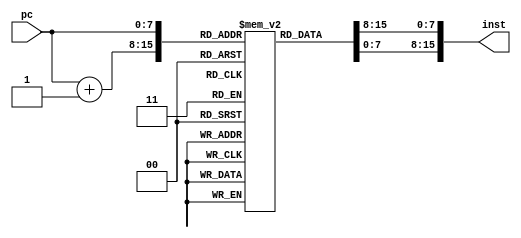
module inst_mem (

	input [7:0] pc,

	output reg [15:0] inst
	
);
	integer i;
	reg [7:0] inst_data[255:0];

	initial begin 
		//Hardcode instructions for testing with FPGA
		//Instructions are stored as a set of 2 individual bytes which will then be decoded
		//first initialize the array
		for (i=0;i<256;i=i+1) begin
			inst_data[i] = 0;
		end
		
		
		//Test program devised by design team
		/*inst_data[0] = 		8'b11110000;
		inst_data[1] = 		8'b00001111; //LOADIMM 15 -> Ra = 0
		inst_data[2] = 		8'b11110100;
		inst_data[3] = 		8'b00000001; //LOADIMM 1 -> Ra = 1
		inst_data[4] = 		8'b00000000;
		inst_data[5] = 		8'b00000000; //NOP
		inst_data[6] = 		8'b11100000;
		inst_data[7] = 		8'b00001000; //STORE Ra = 0 (15) -> M[8]
		inst_data[8] = 		8'b10110000;
		inst_data[9] = 		8'b00000000; //BR.SUB
		inst_data[10] = 	8'b10101000;
		inst_data[11] = 	8'b00000000; //BR.N brx = 1 if (i=0) branch
		inst_data[12] = 	8'b01100000;
		inst_data[13] = 	8'b00000000; //OUT Ra = 0
		inst_data[14] =		8'b00100001;
		inst_data[15] = 	8'b00000000; //SUB Ra = 0, Rb = 1 (i-1) for 15
		inst_data[16] = 	8'b10010000;
		inst_data[17] = 	8'b00000101; //BR to BR.N
		inst_data[18] = 	8'b00000000;
		inst_data[19] = 	8'b00000000; //NOP
		inst_data[20] = 	8'b11010000;
		inst_data[21] = 	8'b00001000; //LOAD M[8] (15) -> Ra = 0
		inst_data[22] = 	8'b00010000;
		inst_data[23] = 	8'b00000000; //ADD Ra = 0 + Ra = 0 (15+15) = 30 or shift right 1
		inst_data[24] = 	8'b01000000;
		inst_data[25] = 	8'b00000000; //SHL Ra = 0 (30*2) = 60
		inst_data[26] = 	8'b01010000;
		inst_data[27] = 	8'b00000000; //SHR Ra = 0 (60/2) = 30
		inst_data[28] = 	8'b01010000;
		inst_data[29] = 	8'b00000000; //SHR Ra = 0 (30/2) = 15
		inst_data[30] = 	8'b01100000;
		inst_data[31] = 	8'b00000000; //OUT
		inst_data[32] = 	8'b00110011;
		inst_data[33] = 	8'b00000000; //NAND Ra = 0, Rb = 3 00001111 NAND 00000000 = 11111111
		inst_data[34] = 	8'b01100000;
		inst_data[35] = 	8'b00000000; //OUT
		inst_data[36] = 	8'b11010000;
		inst_data[37] = 	8'b00000000; //LOAD M[8] (15) -> Ra = 0
		inst_data[38] = 	8'b11000000;
		inst_data[39] = 	8'b00000000; //RETURN*/
		
		
		//Test program by professor 
		inst_data[0] = 		8'b00000000; //NOP
		inst_data[1] = 		8'b00000000; 
		inst_data[2] = 		8'b00000000; //NOP
		inst_data[3] = 		8'b00000000; 
		inst_data[4] = 		8'b01110000; //IN
		inst_data[5] = 		8'b00000010; 
		inst_data[6] = 		8'b11100000; //STORE
		inst_data[7] = 		8'b11111111;
		inst_data[8] = 		8'b11110000; //LOADIMM
		inst_data[9] = 		8'b00000111; 
		inst_data[10] = 	8'b11100000; //STORE
		inst_data[11] = 	8'b00011111; 
		inst_data[12] = 	8'b11110000; //LOADIMM
		inst_data[13] = 	8'b11111111; 
		inst_data[14] = 	8'b11110100; //LOADIMM
		inst_data[15] = 	8'b11111111;
		inst_data[16] = 	8'b01010000; //SHR
		inst_data[17] = 	8'b00000000; 
		inst_data[18] = 	8'b01000100; //SHL
		inst_data[19] = 	8'b00000000; 
		inst_data[20] = 	8'b10001100; //MOV
		inst_data[21] = 	8'b00000000; 
		inst_data[22] = 	8'b11010000; //LOAD
		inst_data[23] = 	8'b11111111; 
		inst_data[24] = 	8'b01010000; //SHR
		inst_data[25] = 	8'b00000000; 
		inst_data[26] = 	8'b11100000; //STORE
		inst_data[27] = 	8'b11111111;
		inst_data[28] = 	8'b10000011; //MOV
		inst_data[29] = 	8'b00000000;
		inst_data[30] = 	8'b10100000; //BRZ
		inst_data[31] = 	8'b00100100;
		inst_data[32] = 	8'b00010001; //ADD
		inst_data[33] = 	8'b00000000; 
		inst_data[34] = 	8'b10010000; //BR
		inst_data[35] = 	8'b00100110;
		inst_data[36] = 	8'b00110001; //NAND
		inst_data[37] = 	8'b00000000;
		inst_data[38] = 	8'b01100000; //OUT
		inst_data[39] = 	8'b00000000;
		inst_data[40] = 	8'b10110000; //BR.SUB
		inst_data[41] = 	8'b00110100;
		inst_data[42] = 	8'b10000011; //MOV
		inst_data[43] = 	8'b00000000; 
		inst_data[44] = 	8'b10101000; //BRN
		inst_data[45] = 	8'b00110000;
		inst_data[46] = 	8'b10010000; //BR
		inst_data[47] = 	8'b00010000;
		inst_data[48] = 	8'b10010000; //BR
		inst_data[49] = 	8'b00000100; 
		inst_data[50] = 	8'b00000000; //NOP
		inst_data[51] = 	8'b00000000;
		inst_data[52] = 	8'b11010000; //LOAD
		inst_data[53] = 	8'b00011111; 
		inst_data[54] = 	8'b10001001; //MOV
		inst_data[55] = 	8'b00000000; 
		inst_data[56] = 	8'b11110100; //LOADIMM
		inst_data[57] = 	8'b00000001;
		inst_data[58] = 	8'b00100001; //SUB
		inst_data[59] = 	8'b00000000; 
		inst_data[60] = 	8'b11100000; //STORE
		inst_data[61] = 	8'b00011111;
		inst_data[62] = 	8'b10000110; //MOV
		inst_data[63] = 	8'b00000000; 
		inst_data[64] = 	8'b11000000; //RETURN
		inst_data[65] = 	8'b00000000;
		
		
	end

	always @(*) begin
		inst <= {inst_data[pc],inst_data[pc+1]};
	end
endmodule